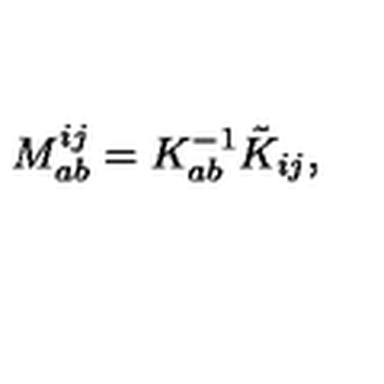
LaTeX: M _ { a b } ^ { i j } = K _ { a b } ^ { - 1 } \tilde { K } _ { i j } ,